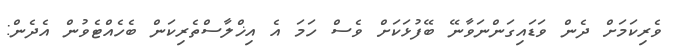
ވެރިކަމަށް ދެން ވަޑައިގަންނަވާނޭ ބޭފުޅަކަށް ވެސް ހަމަ އެ އިޚްލާސްތެރިކަން ބެހެއްޓެވުން އެދެން: